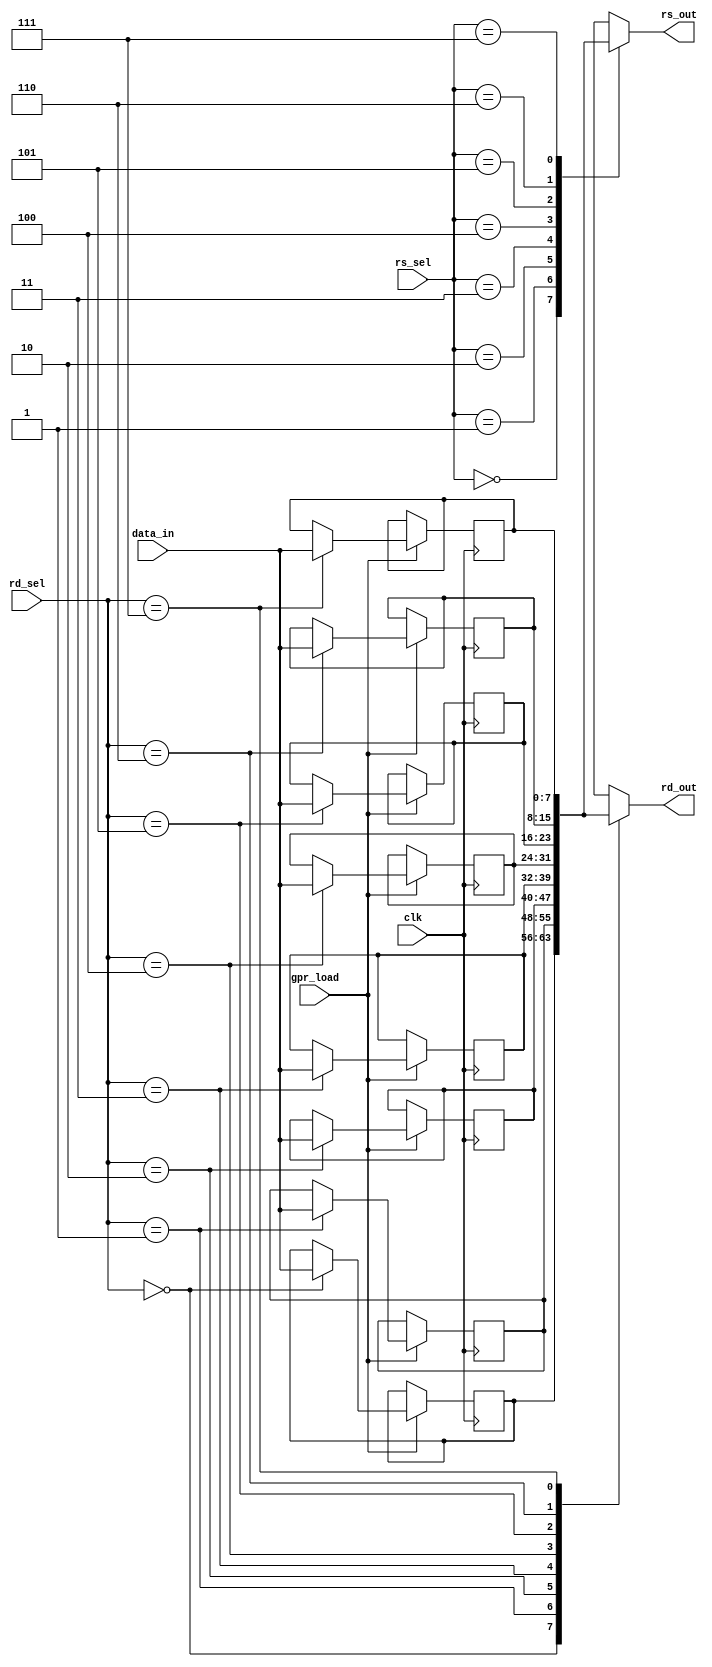
module gpr(
 input [7:0] data_in, 
 input [2:0] rd_sel, rs_sel,
 input gpr_load, clk,
 output reg [7:0] rd_out, rs_out
);

 reg [7:0] r0, r1, r2, r3, r4, r5, r6, r7;

 always@(posedge clk)
 	begin
	if(gpr_load)
		begin
		case(rd_sel)
			3'b000 : r0 <= data_in;
			3'b001 : r1 <= data_in;
			3'b010 : r2 <= data_in;
			3'b011 : r3 <= data_in;
			3'b100 : r4 <= data_in;
			3'b101 : r5 <= data_in;
			3'b110 : r6 <= data_in;
			3'b111 : r7 <= data_in;
			//default: 
		endcase
		end
	end

 always@(*)
 	begin
	case(rd_sel)
		3'b000 : rd_out <= r0;
		3'b001 : rd_out <= r1;
		3'b010 : rd_out <= r2;
		3'b011 : rd_out <= r3;
		3'b100 : rd_out <= r4;
		3'b101 : rd_out <= r5;
		3'b110 : rd_out <= r6;
		3'b111 : rd_out <= r7;
	endcase
   	end

 always@(*)
 	begin
	case(rs_sel)
		3'b000 : rs_out <= r0;
		3'b001 : rs_out <= r1;
		3'b010 : rs_out <= r2;
		3'b011 : rs_out <= r3;
		3'b100 : rs_out <= r4;
		3'b101 : rs_out <= r5;
		3'b110 : rs_out <= r6;
		3'b111 : rs_out <= r7;
	endcase
	end
endmodule